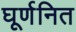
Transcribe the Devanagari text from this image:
घूर्णनित